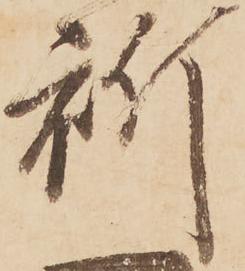
祈